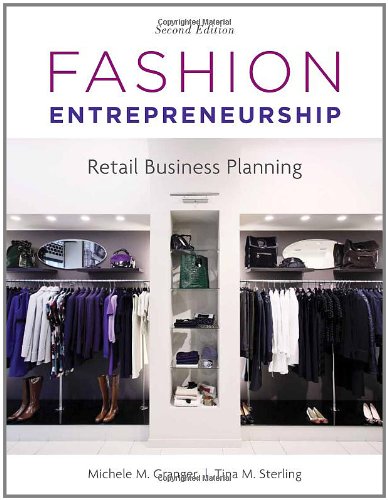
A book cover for Fashion Entrepreneurship: Retail Business Planning; Michele M. Granger; Business & Money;